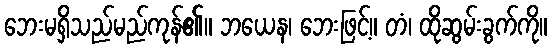
ဘေးမရှိသည်မည်ကုန်၏။ ဘယေန၊ ဘေးဖြင့်။ တံ၊ ထိုဆွမ်းခွက်ကို။